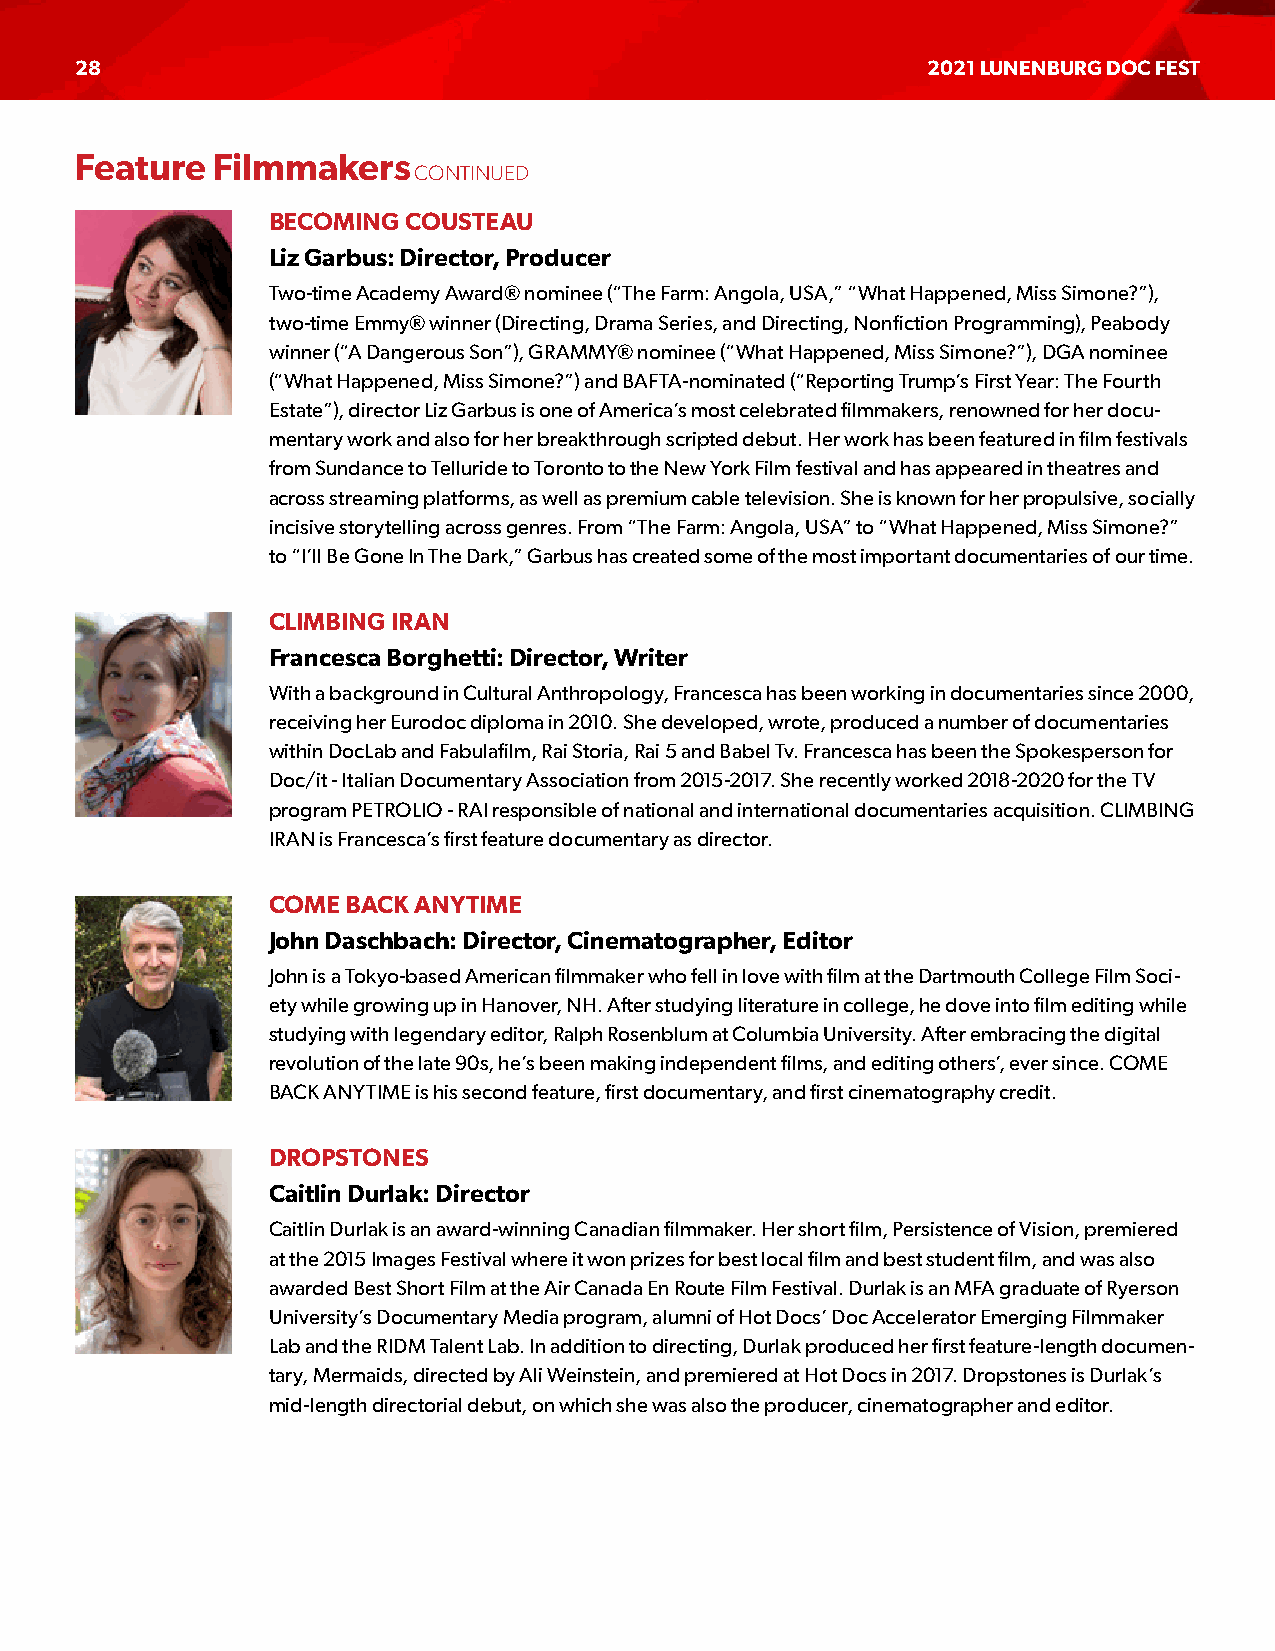
28                                                      2021 LUNENBURG DOC FEST
 Feature  Filmmakers
 CONTINUED
 BECOMING COUSTEAU
 Liz Garbus: Director, Producer
 Two-time Academy Award® nominee (“The Farm: Angola, USA,” “What Happened, Miss Simone?”),
 two-time Emmy® winner (Directing, Drama Series, and Directing, Nonfiction Programming), Peabody
 winner (“A Dangerous Son”), GRAMMY® nominee (“What Happened, Miss Simone?”), DGA nominee
 (“What Happened, Miss Simone?”) and BAFTA-nominated (“Reporting Trump’s First Year: The Fourth
 Estate”), director Liz Garbus is one of America’s most celebrated filmmakers, renowned for her docu-
 mentary work and also for her breakthrough scripted debut. Her work has been featured in film festivals
 from Sundance to Telluride to Toronto to the New York Film festival and has appeared in theatres and
 across streaming platforms, as well as premium cable television. She is known for her propulsive, socially
 incisive storytelling across genres. From “The Farm: Angola, USA” to “What Happened, Miss Simone?”
 to “I’ll Be Gone In The Dark,” Garbus has created some of the most important documentaries of our time.
 CLIMBING IRAN
 Francesca Borghetti: Director, Writer
 With a background in Cultural Anthropology, Francesca has been working in documentaries since 2000,
 receiving her Eurodoc diploma in 2010. She developed, wrote, produced a number of documentaries
 within DocLab and Fabulafilm, Rai Storia, Rai 5 and Babel Tv. Francesca has been the Spokesperson for
 Doc/it - Italian Documentary Association from 2015-2017. She recently worked 2018-2020 for the TV
 program PETROLIO - RAI responsible of national and international documentaries acquisition. CLIMBING
 IRAN is Francesca’s first feature documentary as director.
 COME BACK ANYTIME
 John Daschbach: Director, Cinematographer, Editor
 John is a Tokyo-based American filmmaker who fell in love with film at the Dartmouth College Film Soci-
 ety while growing up in Hanover, NH. After studying literature in college, he dove into film editing while
 studying with legendary editor, Ralph Rosenblum at Columbia University. After embracing the digital
 revolution of the late 90s, he’s been making independent films, and editing others’, ever since. COME
 BACK ANYTIME is his second feature, first documentary, and first cinematography credit.
 DROPSTONES
 Caitlin Durlak: Director
 Caitlin Durlak is an award-winning Canadian filmmaker. Her short film, Persistence of Vision, premiered
 at the 2015 Images Festival where it won prizes for best local film and best student film, and was also
 awarded Best Short Film at the Air Canada En Route Film Festival. Durlak is an MFA graduate of Ryerson
 University’s Documentary Media program, alumni of Hot Docs’ Doc Accelerator Emerging Filmmaker
 Lab and the RIDM Talent Lab. In addition to directing, Durlak produced her first feature-length documen-
 tary, Mermaids, directed by Ali Weinstein, and premiered at Hot Docs in 2017. Dropstones is Durlak’s
 mid-length directorial debut, on which she was also the producer, cinematographer and editor.